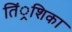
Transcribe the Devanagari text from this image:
तिं्रशिका